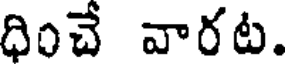
ధించే వారట.